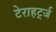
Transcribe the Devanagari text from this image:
टेराहर्ट्ज